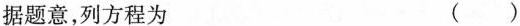
据题意，列方程为 ( )